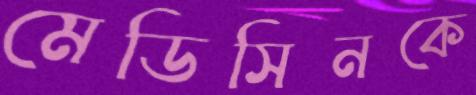
মেডিসিনকে